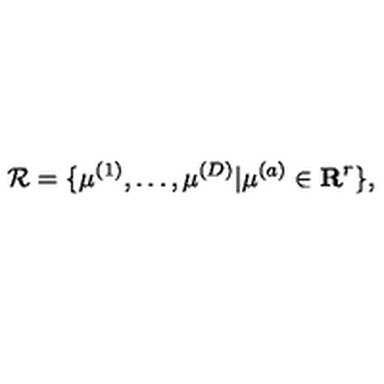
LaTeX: { \cal R } = \{ \mu ^ { ( 1 ) } , \ldots , \mu ^ { ( D ) } | \mu ^ { ( a ) } \in { \bf R } ^ { r } \} ,